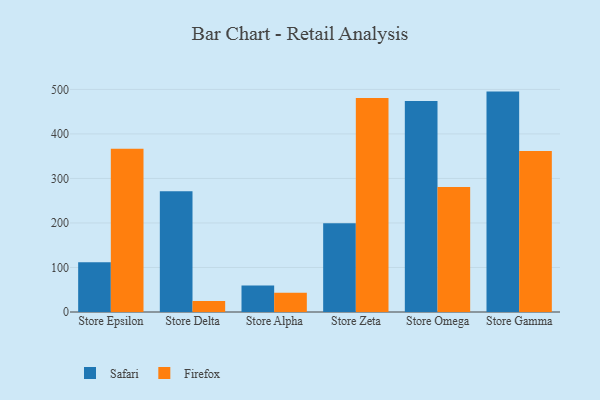
{"axis": {"x": "Store", "y": "Bounce Rate (%)"}, "legend": ["Firefox", "Safari"], "data": [{"x": "Store Epsilon", "y": 112.0, "type": "Safari"}, {"x": "Store Epsilon", "y": 366.6, "type": "Firefox"}, {"x": "Store Delta", "y": 271.4, "type": "Safari"}, {"x": "Store Delta", "y": 24.8, "type": "Firefox"}, {"x": "Store Alpha", "y": 59.7, "type": "Safari"}, {"x": "Store Alpha", "y": 43.5, "type": "Firefox"}, {"x": "Store Zeta", "y": 199.6, "type": "Safari"}, {"x": "Store Zeta", "y": 480.9, "type": "Firefox"}, {"x": "Store Omega", "y": 474.2, "type": "Safari"}, {"x": "Store Omega", "y": 281.0, "type": "Firefox"}, {"x": "Store Gamma", "y": 495.1, "type": "Safari"}, {"x": "Store Gamma", "y": 361.9, "type": "Firefox"}]}